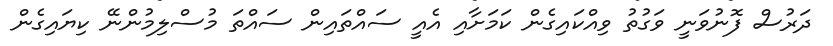
ދަރުސް ފޮނުވަނީ ވަގުތު ވިއްކައިގެން ކަމަށާއި އެއީ ސައްތައިން ސައްތަ މުސްލިމުންނޭ ކިޔައިގެން